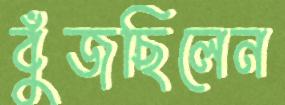
বুঁজছিলেন